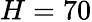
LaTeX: H=70